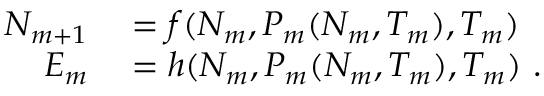
\begin{array} { r l } { N _ { m + 1 } } & { { } = f ( N _ { m } , P _ { m } ( N _ { m } , T _ { m } ) , T _ { m } ) } \\ { E _ { m } } & { { } = h ( N _ { m } , P _ { m } ( N _ { m } , T _ { m } ) , T _ { m } ) \ . } \end{array}